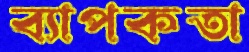
ব্যাপকতা